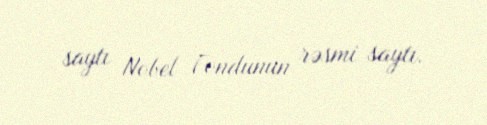
saytı Nobel Fondunun rəsmi saytı.